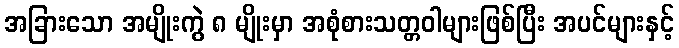
အခြားသော အမျိုးကွဲ ၈ မျိုးမှာ အစုံစားသတ္တဝါများဖြစ်ပြီး အပင်များနှင့်